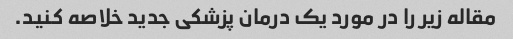
مقاله زیر را در مورد یک درمان پزشکی جدید خلاصه کنید.